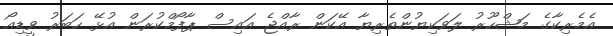
އެމެރިކާގެ މަޝްހޫރު ލަވަކިޔުންތެރިޔާ އޭކަން ރާއްޖެ އައިސް ޕާފޯމްކުރަން އުޅޭ ހަބަރު ވީޑިއޯ